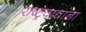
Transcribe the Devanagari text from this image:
राष्ट्रवाद्यांना